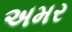
અમર